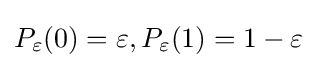
P_{\varepsilon }(0)=\varepsilon ,P_{\varepsilon }(1)=1-\varepsilon